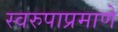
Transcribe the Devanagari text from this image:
स्वरुपाप्रमाणे